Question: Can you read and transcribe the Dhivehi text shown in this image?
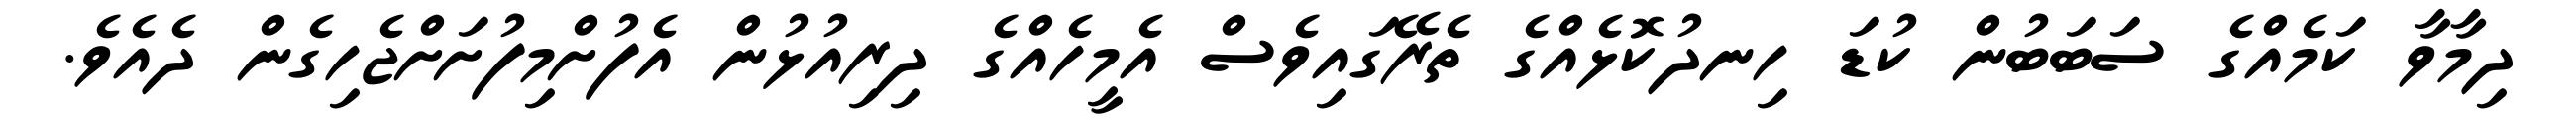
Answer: ދިމާވާ ކަމެއްގެ ސަބަބުން ކުޑަ ހިނދުކޮޅެއްގެ ތެރޭގައިވެސް އެމީހެއްގެ ދިރިއުޅުން އެފުށްމިފުށަށްޖެހިގެން ދެއެވެ.